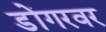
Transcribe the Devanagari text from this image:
डोंगरवर